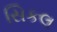
સિકલ